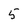
Character: 5